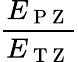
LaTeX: \frac{E_{\mathrm{~P~Z~}}}{E_{\mathrm{~T~Z~}}}